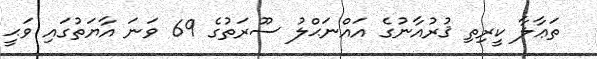
ތަޢާލާ ކީރިތި ޤުރުއާނުގެ އައްނަޙްލު ސޫރަތުގެ 69 ވަނަ އާޔަތުގައި ވަޙީ